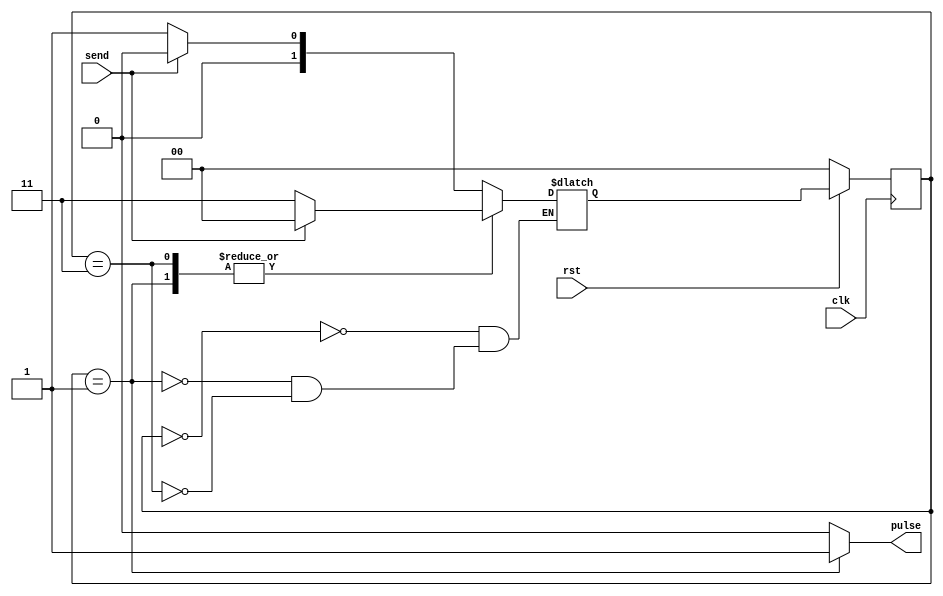
module single_pulser(
	input clk,  // Clock signal
	input rst,  // reset signal
	input send,  // Input button signal
	output reg pulse // Output pulse signal
);
	localparam IDLE = 2'b00;  // State parameter for IDLE state
	localparam PULSE = 2'b01;  // State parameter for PULSE state
	localparam WAIT = 2'b11;  // State parameter for WAIT state

	reg[1:0] current_state;  // Current state variable
	reg[1:0] next_state;  // Next state variable

	initial
		begin
			current_state = IDLE;
			next_state = IDLE;
		end
	
	always @(posedge clk) // when positive edge of clk 
		begin
			if(!rst)
				begin
					current_state <= IDLE;
				end
			else
				begin
					current_state <= next_state;  // Update current state on the positive edge of the clock
				end
		end

	always @(current_state, send) // when current_state and button change
		begin
			pulse = 1'b0;  // Initialize pulse to 0

			case (current_state)

			IDLE:
				begin
					if (!send)  // Buttons are low-trigger
						begin
							next_state = PULSE;  // Transition to state 1 when button is not pressed
						end
					else
						begin
							next_state = IDLE;  // Stay in state 0 when button is pressed
						end
				end

			PULSE:
				begin
					pulse = 1'b1;  // Set pulse to 1 in state 1
					if (!send)
						begin
							next_state = WAIT;  // Transition to state 2 when button is pressed
						end
					else
						begin
							next_state = IDLE;  // Return to state 0 when button is not pressed
						end
				end

			WAIT:
				begin
					if (!send)
						begin
							next_state = WAIT;  // Stay in state 2 when button is pressed
						end
					else
						begin
							next_state = IDLE;  // Return to state 0 when button is not pressed
						end
				end
			endcase
		end
endmodule